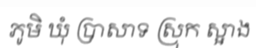
ភូមិ ឃុំ ប្រាសាទ ស្រុក ស្អាង